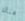
هناك